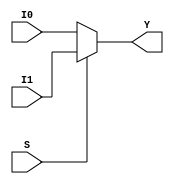
module mux2_1(Y,S,I0,I1);
  input S;
  input I0,I1;
  output Y;
  assign Y=S?I1:I0;
endmodule